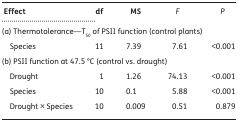
<table><thead><tr><td><b> Effect</b></td><td><b>df</b></td><td><b>MS</b></td><td><b><i>F</i></b></td><td><b><i>P</i></b></td></tr></thead><tbody><tr><td colspan="5">(a) Thermotolerance—T<sub>50</sub> of PSII function (control plants)</td></tr><tr><td> Species</td><td>11</td><td>7.39</td><td> 7.61</td><td> &lt;0.001</td></tr><tr><td colspan="5">(b) PSII function at 47.5 °C (control vs. drought)</td></tr><tr><td> Drought</td><td>1</td><td>1.26</td><td>74.13</td><td>&lt;0.001</td></tr><tr><td> Species</td><td>10</td><td>0.1</td><td>5.88</td><td>&lt;0.001</td></tr><tr><td> Drought × Species</td><td>10</td><td>0.009</td><td>0.51</td><td>0.879</td></tr></tbody></table>